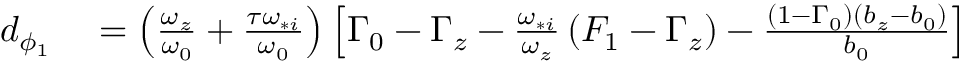
\begin{array} { r l } { d _ { \phi _ { 1 } } } & { { } = \left( \frac { \omega _ { z } } { \omega _ { 0 } } + \frac { \tau \omega _ { * i } } { \omega _ { 0 } } \right) \left[ \Gamma _ { 0 } - \Gamma _ { z } - \frac { \omega _ { * i } } { \omega _ { z } } \left( F _ { 1 } - \Gamma _ { z } \right) - \frac { \left( 1 - \Gamma _ { 0 } \right) \left( b _ { z } - b _ { 0 } \right) } { b _ { 0 } } \right] } \end{array}